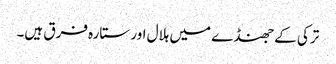
ترکی کے جھنڈے میں ہلال اور ستارہ فرق ہیں۔